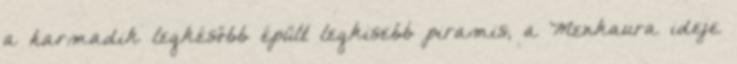
a harmadik legkésőbb épült legkisebb piramis, a Menkaura ideje